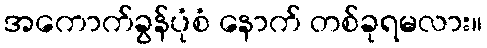
အကောက်ခွန်ပုံစံ နောက် တစ်ခုရမလား။